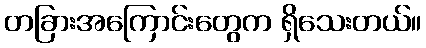
တခြားအကြောင်းတွေက ရှိသေးတယ်။